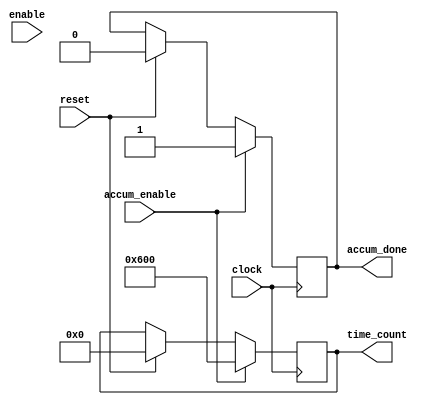
`timescale 1ns / 1ps
//////////////////////////////////////////////////////////////////////////////////
// Company: 
// Engineer: 
// 
// Design Name: 
// Module Name:    countdown_accumulator 
// Project Name: 
// Target Devices: 
// Tool versions: 
// Description: 
//
// Dependencies: 
//
// Revision: 
// Revision 0.01 - File Created
// Additional Comments: 
//
//////////////////////////////////////////////////////////////////////////////////
module countdown_accumulator(
    input clock,
	 input reset,
	 input accum_enable, //start
    input [3:0] enable, //which modules are enabled
    output reg[15:0] time_count = 0, //bcd
    output reg accum_done
    );
//each module time parameters
parameter TIME = 16'b0000_0110_0000_0000; //6 minute timer
parameter M1TIME = 100;
parameter M2TIME = 100;
parameter M3TIME = 100;
parameter M4TIME = 100;

always @ (posedge clock) begin
	if (reset) begin
		time_count = 0; //no time
		accum_done = 0; //accumulator is not done
	end
	if (accum_enable) begin
		time_count = TIME;
		/*time_count = (enable[0] ? (time_count + M1TIME) : time_count);
		time_count = (enable[1] ? (time_count + M2TIME) : time_count);
		time_count = (enable[2] ? (time_count + M3TIME) : time_count);
		time_count = (enable[3] ? (time_count + M4TIME) : time_count);*/
		accum_done = 1;
	end
end

endmodule